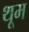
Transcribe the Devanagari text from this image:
थूम